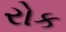
રોક